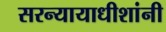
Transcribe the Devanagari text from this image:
सरन्यायाधीशांनी